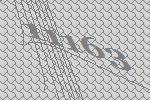
11163